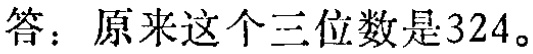
答：原来这个三位数是324。